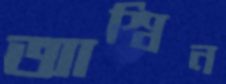
আশ্বিন